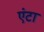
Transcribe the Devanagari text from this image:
एंटा